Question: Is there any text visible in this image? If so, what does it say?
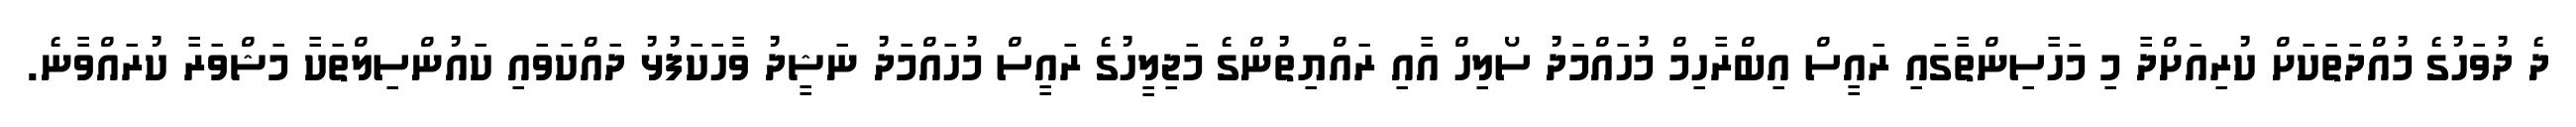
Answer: ދެ ދުވަހުގެ މުއްދަތަކަށް ކުރިއަށްދާ މި މަހާސިންތާގައި ރައީސް އިބްރާހިމް މުހައްމަދު ސޯލިހް އާއި ރައްޔިތުންގެ މަޖިލީހުގެ ރައީސް މުހައްމަދު ނަޝީދު ވާހަކަފުޅު ދައްކަވައި ކައުންސިލްތަކާ މަޝްވަރާ ކުރައްވާނެ.